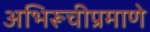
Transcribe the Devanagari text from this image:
अभिरूचीप्रमाणे